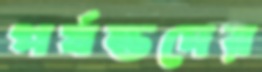
পর্যন্তদের